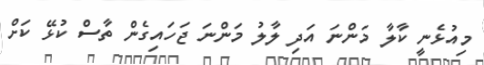
މިއުޅެނީ ކާލާ މަންނަ އަދި ލާލު މަންނަ ޖަހައިގެން ތާސް ކުޅޭ ކަށް